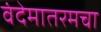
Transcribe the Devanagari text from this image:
वंदेमातरमचा